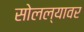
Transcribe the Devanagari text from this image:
सोलल्यावर